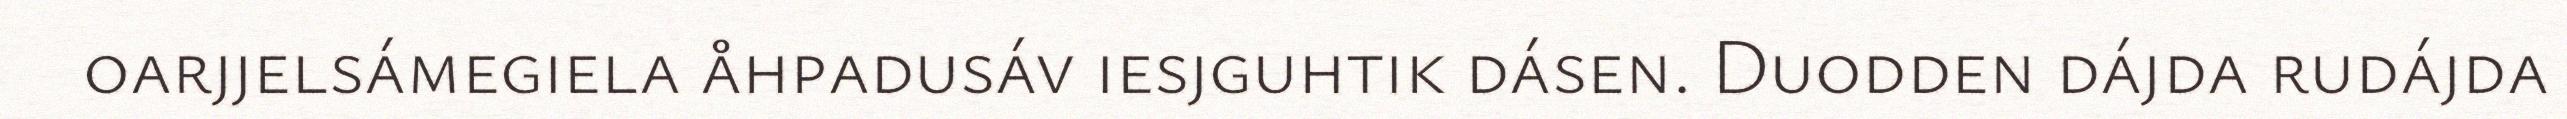
oarjjelsámegiela åhpadusáv iesjguhtik dásen. Duodden dájda rudájda